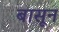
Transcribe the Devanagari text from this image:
बासून